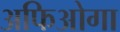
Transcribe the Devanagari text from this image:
अफिओगा